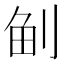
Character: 𠜪